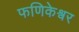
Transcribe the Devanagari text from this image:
फणिकेश्वर